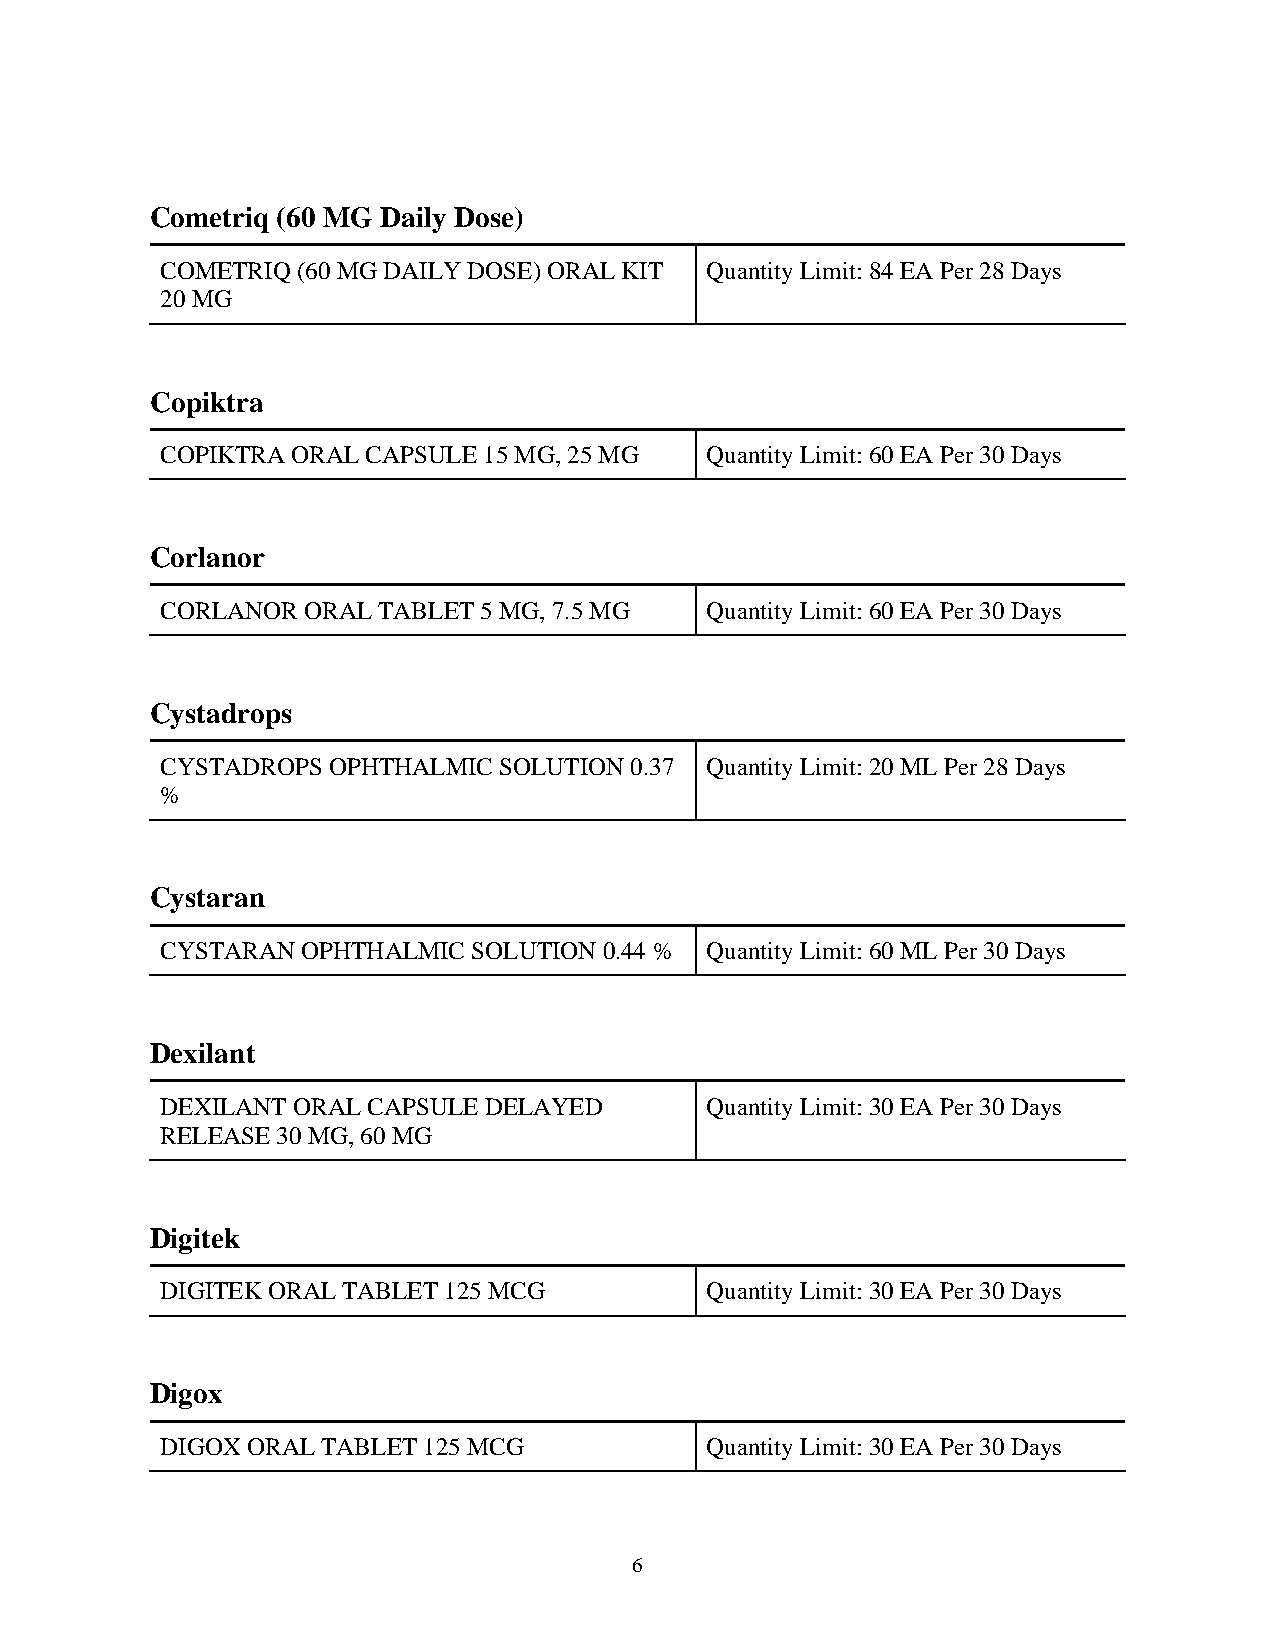
Cometriq (60 MG Daily Dose)
 COMETRIQ (60 MG DAILY DOSE) ORAL KIT Quantity Limit: 84 EA Per 28 Days
 20 MG
 Copiktra
 COPIKTRA ORAL CAPSULE 15 MG, 25 MG  Quantity Limit: 60 EA Per 30 Days
 Corlanor
 CORLANOR ORAL TABLET 5 MG, 7.5 MG   Quantity Limit: 60 EA Per 30 Days
 Cystadrops
 CYSTADROPS OPHTHALMIC SOLUTION 0.37 Quantity Limit: 20 ML Per 28 Days
 %
 Cystaran
 CYSTARAN OPHTHALMIC SOLUTION 0.44 % Quantity Limit: 60 ML Per 30 Days
 Dexilant
 DEXILANT ORAL CAPSULE DELAYED       Quantity Limit: 30 EA Per 30 Days
 RELEASE 30 MG, 60 MG
 Digitek
 DIGITEK ORAL TABLET 125 MCG         Quantity Limit: 30 EA Per 30 Days
 Digox
 DIGOX ORAL TABLET 125 MCG           Quantity Limit: 30 EA Per 30 Days
 6